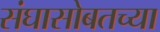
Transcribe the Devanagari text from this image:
संघासोबतच्या